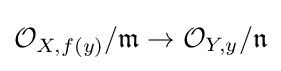
{\mathcal {O}}_{X,f(y)}/{\mathfrak {m}}\to {\mathcal {O}}_{Y,y}/{\mathfrak {n}}